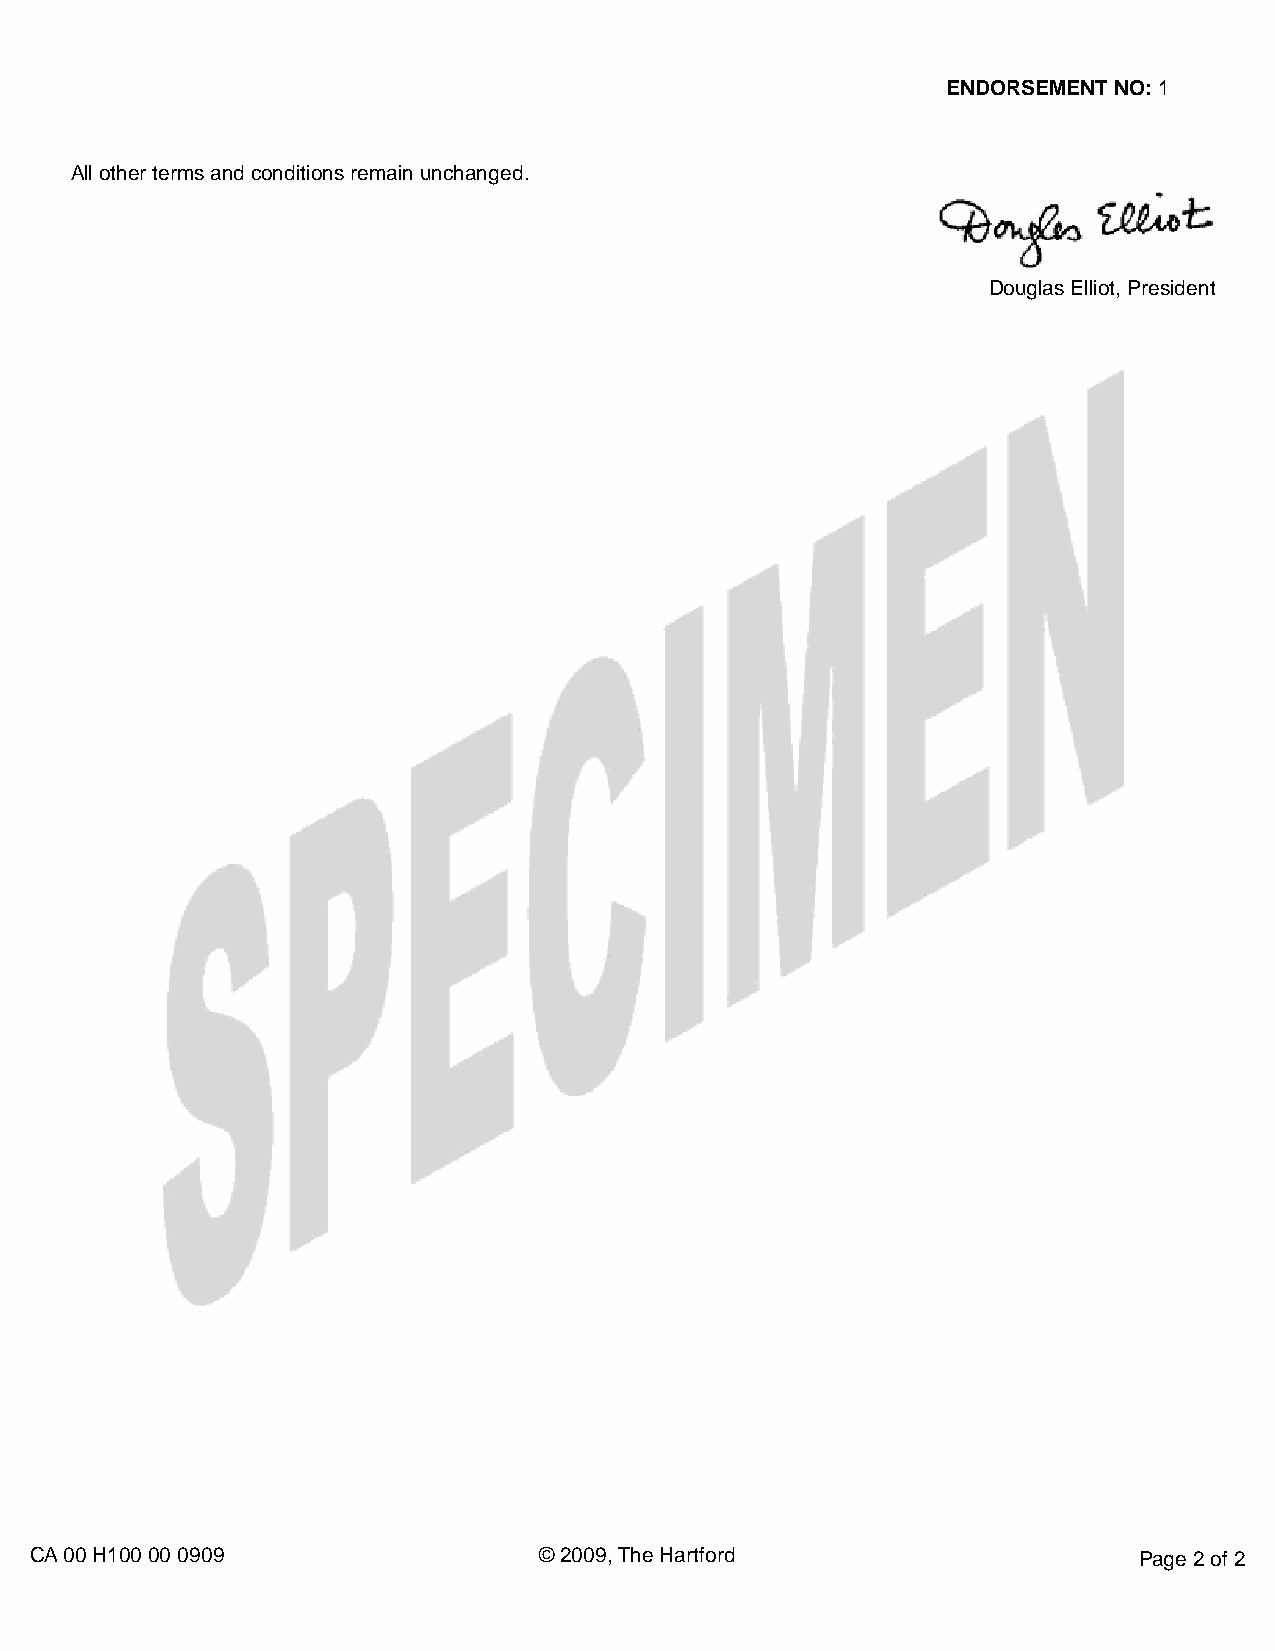
ENDORSEMENT NO: 1
 All other terms and conditions remain unchanged.
 Douglas Elliot, President
 CA 00 H100 00 0909                © 2009, The Hartford                   Page 2 of 2